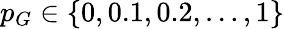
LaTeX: p_{G}\in\{ 0,0.1,0.2,\dots,1\}